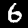
Label: 6